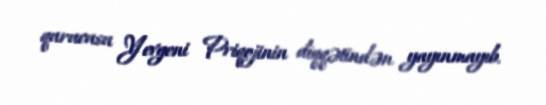
qurucusu Yevgeni Priqojinin diqqətindən yayınmayıb.